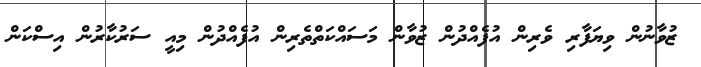
ޒުވާނުން ވިޔަފާރި ވެރިން އުފެއްދުން ޒުވާން މަސައްކަތްތެރިން އުފެއްދުން މިއީ ސަރުކާރުން އިސްކަން